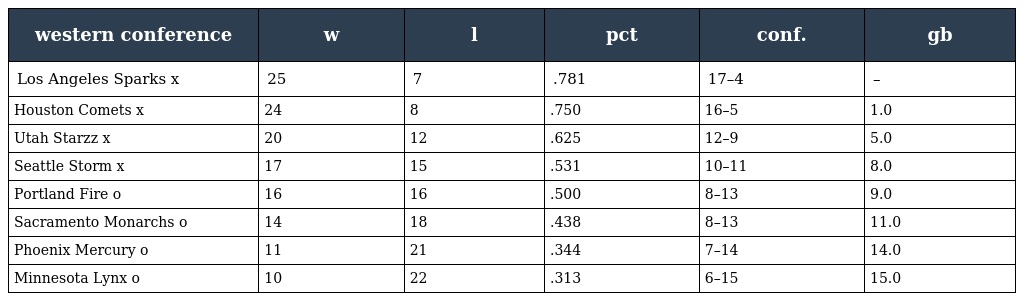
| western conference | w | l | pct | conf. | gb |
 | --- | --- | --- | --- | --- | --- |
 | Los Angeles Sparks x | 25 | 7 | .781 | 17–4 | – |
 | Houston Comets x | 24 | 8 | .750 | 16–5 | 1.0 |
 | Utah Starzz x | 20 | 12 | .625 | 12–9 | 5.0 |
 | Seattle Storm x | 17 | 15 | .531 | 10–11 | 8.0 |
 | Portland Fire o | 16 | 16 | .500 | 8–13 | 9.0 |
 | Sacramento Monarchs o | 14 | 18 | .438 | 8–13 | 11.0 |
 | Phoenix Mercury o | 11 | 21 | .344 | 7–14 | 14.0 |
 | Minnesota Lynx o | 10 | 22 | .313 | 6–15 | 15.0 |